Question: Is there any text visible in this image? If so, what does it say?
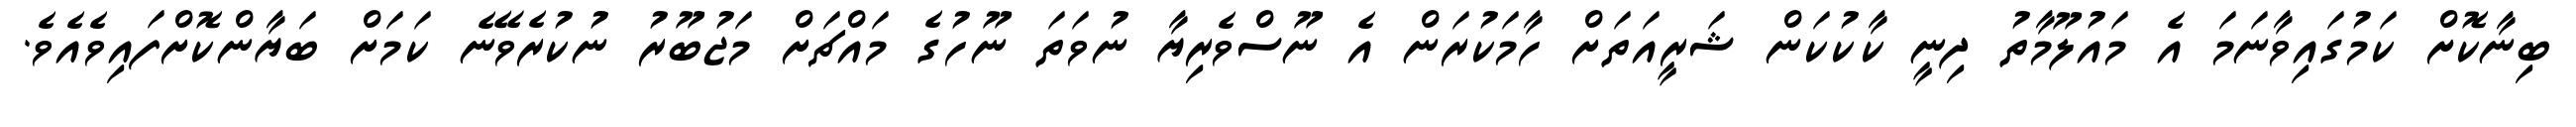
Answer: ބިނާކޮށް ކަމުގައިވާނަމަ އެ މައުލޫމާތު ދިނީ ކާކުކަން ޝަރީއަތަށް ހާމަކުރަން އެ ނޫސްވެރިޔާ ނުވަތަ ނޫހުގެ މައްޗަށް މަޖުބޫރު ނުކުރެވޭނެ ކަމަށް ބަޔާންކޮށްފައިވެއެވެ.